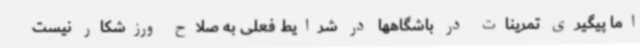
اما پیگیری تمرینات در باشگاهها در شرایط فعلی به صلاح ورزشکار نیست